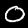
Label: 0